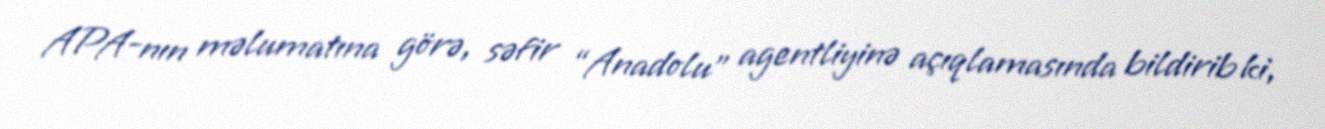
APA-nın məlumatına görə, səfir “Anadolu” agentliyinə açıqlamasında bildirib ki,